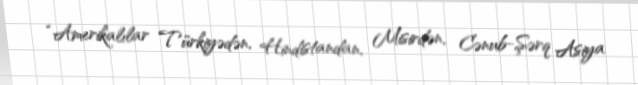
“Amerikalılar Türkiyədən, Hindistandan, Misirdən, Cənub-Şərq Asiya